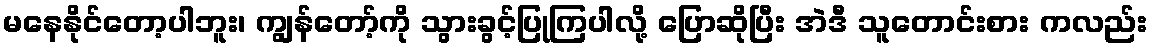
မနေနိုင်တော့ပါဘူး၊ ကျွန်တော့်ကို သွားခွင့်ပြုကြပါလို့ ပြောဆိုပြီး အဲဒီ သူတောင်းစား ကလည်း